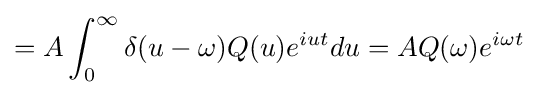
=A\int _{0}^{\infty }\delta (u-\omega )Q(u)e^{iut}du=AQ(\omega )e^{i\omega t}